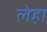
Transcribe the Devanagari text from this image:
लेहा